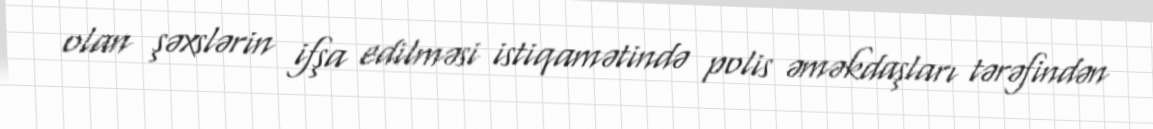
olan şəxslərin ifşa edilməsi istiqamətində polis əməkdaşları tərəfindən